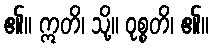
၏။ ဣတိ၊ သို့။ ဝုစ္စတိ၊ ၏။